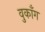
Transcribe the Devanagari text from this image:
वुकाँग